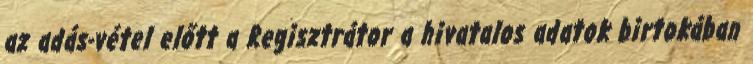
az adás-vétel előtt a Regisztrátor a hivatalos adatok birtokában